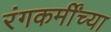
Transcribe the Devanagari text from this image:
रंगकर्मींच्या